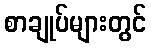
စာချုပ်များတွင်